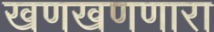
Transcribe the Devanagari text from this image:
खणखणणारा